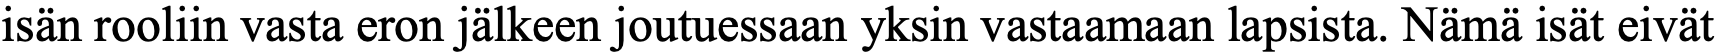
isän rooliin vasta eron jälkeen joutuessaan yksin vastaamaan lapsista. Nämä isät eivät